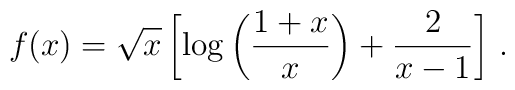
f(x) = \sqrt{x} \left[ \log \left( \frac{1+x}{x} \right)+{2\over x-1}\right] \,.